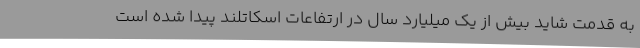
به قدمت شاید بیش از یک میلیارد سال در ارتفاعات اسکاتلند پیدا شده است